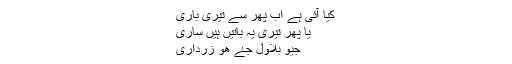
کیا آئی ہے اب پھر سے تیری باری
یا پھر تیری یہ باتیں ہیں ساری
جیو بلاول جۓ ھو زرداری